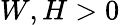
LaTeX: W,H>0